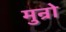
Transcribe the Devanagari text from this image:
मुन्रो